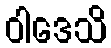
ဝါဒေသိ